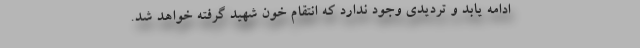
ادامه یابد و تردیدی وجود ندارد که انتقام خون شهید گرفته خواهد شد.